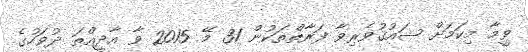
ވީމާ މިކަމަށް ޝައުޤުވެރިވާ ފަރާތްތަކުން 31 މޭ 2015 ވާ އާދީއްތަ ދުވަހުގެ